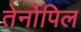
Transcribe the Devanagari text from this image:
तेर्नोपिल